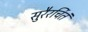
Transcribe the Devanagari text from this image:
सुरैरर्चितं